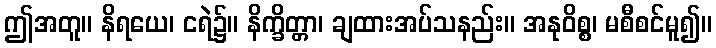
ဤအတူ။ နိရယေ၊ ငရဲ၌။ နိက္ခိတ္တာ၊ ချထားအပ်သနည်း။ အနုဝိစ္စ၊ မစီစင်မူ၍။